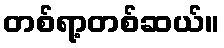
တစ်ရာ့တစ်ဆယ်။